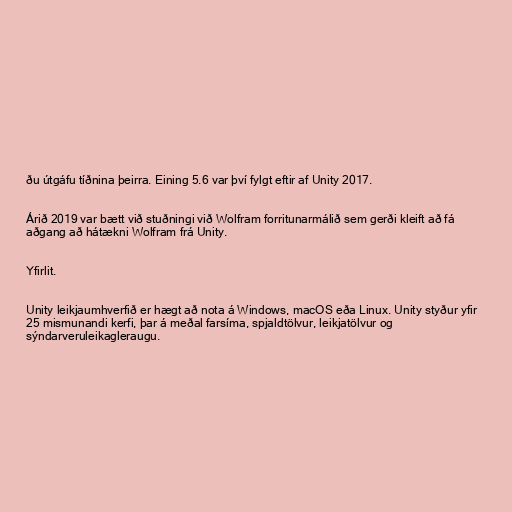
ðu útgáfu tíðnina þeirra. Eining 5.6 var því fylgt eftir af Unity 2017.

Árið 2019 var bætt við stuðningi við Wolfram forritunarmálið sem gerði kleift að fá
aðgang að hátækni Wolfram frá Unity.

Yfirlit.

Unity leikjaumhverfið er hægt að nota á Windows, macOS eða Linux. Unity styður yfir
25 mismunandi kerfi, þar á meðal farsíma, spjaldtölvur, leikjatölvur og
sýndarveruleikagleraugu.